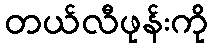
တယ်လီဖုန်းကို